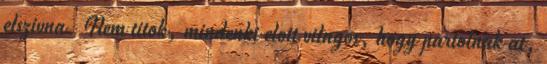
elszivna. Nem titok, mindenki elott vilagos, hogy partolnak at,